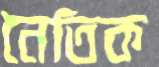
নৈতিক